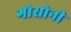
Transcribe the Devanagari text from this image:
गोसोनी